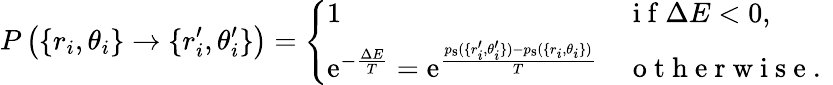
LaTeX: P\left(\{ r_{i},\theta_{i}\} \rightarrow\{ r_{i}^{\prime},\theta_{i}^{\prime}\} \right)=\left\lbrace\begin{array}{ll}{1}&{\mathrm{~i~f~}\Delta E<0,}\\ {{\mathrm e}^{-\frac{\Delta E}{T}}={\mathrm e}^{\frac{p_{\mathrm{s}}(\{ r_{i}^{\prime},\theta_{i}^{\prime}\} )-p_{\mathrm{s}}(\{ r_{i},\theta_{i}\} )}{T}}}&{\mathrm{~o~t~h~e~r~w~i~s~e~.~}}\end{array}\right.